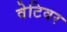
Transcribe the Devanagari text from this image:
वेटिवर